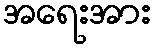
အရေးအား